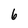
Character: 6